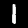
Label: 1